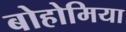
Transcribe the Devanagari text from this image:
बोहोमिया